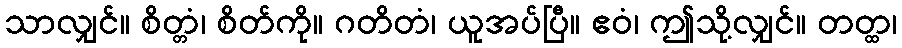
သာလျှင်။ စိတ္တံ၊ စိတ်ကို။ ဂတိတံ၊ ယူအပ်ပြီ။ ဧဝံ၊ ဤသို့လျှင်။ တတ္ထ၊